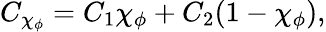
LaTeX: C_{\chi_{\phi}}=C_{1}\chi_{\phi}+C_{2}(1-\chi_{\phi}),